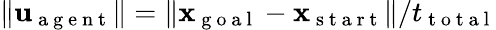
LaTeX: \| \mathbf{u}_{\mathrm{~a~g~e~n~t~}}\| =\| \mathbf{x}_{\mathrm{~g~o~a~l~}}-\mathbf{x}_{\mathrm{~s~t~a~r~t~}}\| /t_{\mathrm{~t~o~t~a~l~}}